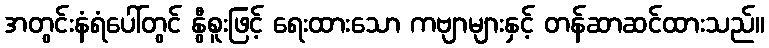
အတွင်းနံရံပေါ်တွင် နွီစူးဖြင့် ရေးထားသော ကဗျာများနှင့် တန်ဆာဆင်ထားသည်။